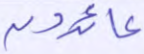
عائدون